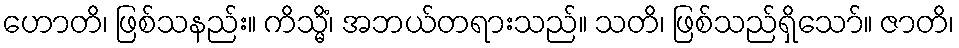
ဟောတိ၊ ဖြစ်သနည်း။ ကိသ္မိံ၊ အဘယ်တရားသည်။ သတိ၊ ဖြစ်သည်ရှိသော်။ ဇာတိ၊